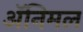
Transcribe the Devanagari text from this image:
ॲनिमल